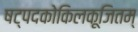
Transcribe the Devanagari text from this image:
षट्पदकोकिलकूजितम्